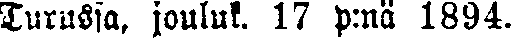
Turussa, jouluk. 17 p:nä 1894.